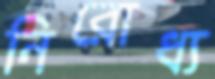
নিরোধ্য